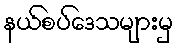
နယ်စပ်ဒေသများမှ